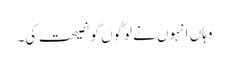
وہاں انہوں نے لوگوں کو نصیحت کی۔